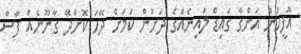
އޮފީހުން އަންގާ ގައިޑް ލައިނެއްގެ ދަށުން ކަމަށް ދޭހަ ކޮށްދޭ ގާނޫނެއް ފާސް